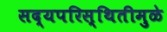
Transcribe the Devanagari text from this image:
सद्यपरिस्थितीमुळे